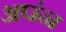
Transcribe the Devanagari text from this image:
अपंन